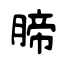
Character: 腣